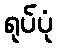
ရုပ်ပုံ